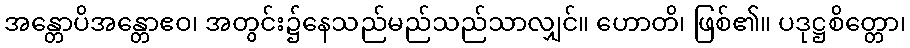
အန္တောပိအန္တောဧဝ၊ အတွင်း၌နေသည်မည်သည်သာလျှင်။ ဟောတိ၊ ဖြစ်၏။ ပဒုဋ္ဌစိတ္တော၊